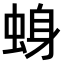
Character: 𫊾